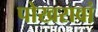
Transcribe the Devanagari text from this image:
पोखरावां